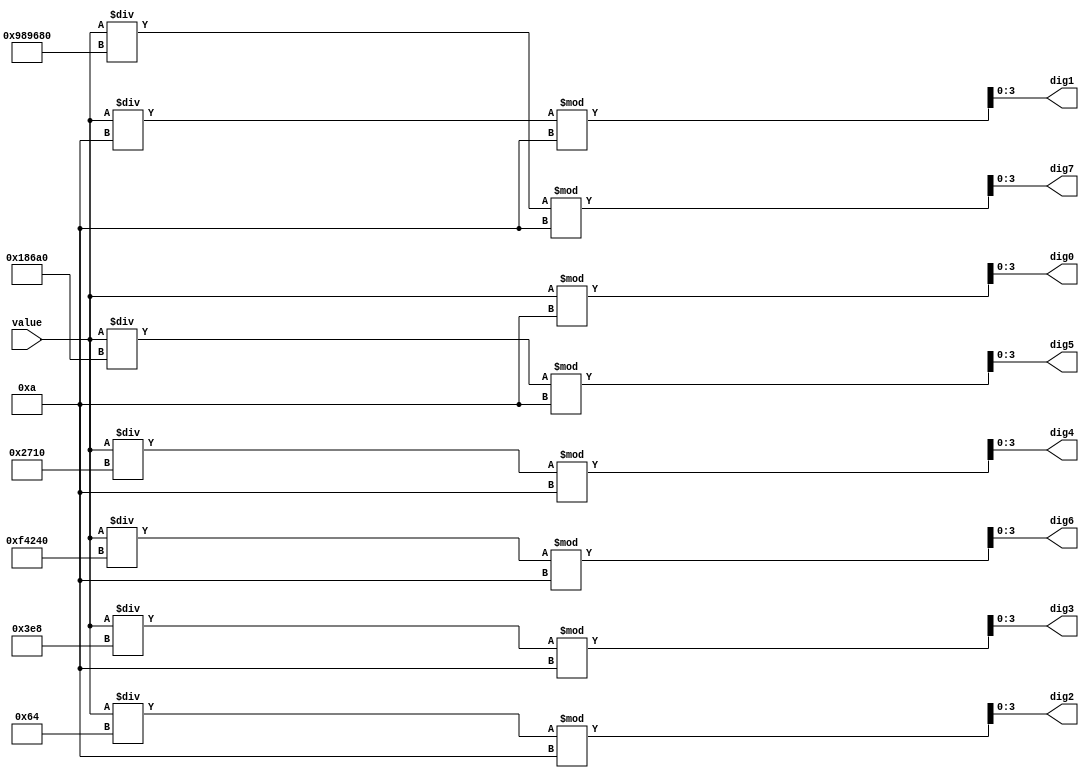
`timescale 1ns / 1ps

module bin2bcd32(
    input wire [31:0] value,
    output wire [3:0] dig0,
    output wire [3:0] dig1,
    output wire [3:0] dig2,
    output wire [3:0] dig3,
    output wire [3:0] dig4,
    output wire [3:0] dig5,
    output wire [3:0] dig6,
    output wire [3:0] dig7
    );

    assign dig0 = value % 10;
    assign dig1 = (value / 10) % 10;
    assign dig2 = (value / 100) % 10;
    assign dig3 = (value / 1000) % 10;
    assign dig4 = (value / 10000) % 10;
    assign dig5 = (value / 100000) % 10;
    assign dig6 = (value / 1000000) % 10;
    assign dig7 = (value / 10000000) % 10;

endmodule

// Multiplier module, default bus width: 32 bits
module multiplier #(parameter width = 32)(
    // Two data inputs
    input wire [width - 1:0] A, B,

    // Multiplier data output
    output wire [width - 1:0] out
    );

    assign out = A * B;

endmodule

// Simple 2-input multiplexor, default bus width: 32 bits
module mux2 #(parameter width = 32)(
    // Two data inputs
    input wire [width - 1:0] A, B,

    // Select line input
    input wire select,

    // Data output
    output wire [width - 1:0] out
    );

    assign out = (select) ? B : A;

endmodule

// Counter module with load and enable
module cnt_down #(parameter width = 32)(
    // Control signal inputs
    input wire load, enable, clk,
    // Data input
    input wire [width - 1:0] D,

    // Data output
    output reg [width - 1:0] Q
    );

    // Assign output to internal register
    always@(posedge clk)
    begin
        // If load is enabled, load data input into internal register
        if (load) Q = D;

        // Count down if enable is enabled
        if (enable) Q = Q - 4'b0001;
    end

endmodule

// Compare module
module compare #(parameter width = 32)(
    // Two Data inputs
    input wire [width - 1:0] A, B,

    // Data output
    output wire out
    );

    assign out = A > B ? 1 : 0;

endmodule

// register module
module register #(parameter width = 32)(
    input wire [width - 1:0] D,
    input wire loadreg, clk,
    output reg [width - 1:0] Q
    );

    always@(posedge clk)
    begin
        if (loadreg) Q = D;
    end

endmodule